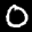
Label: 0